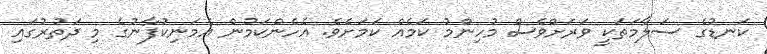
ކަނޑުގެ ސަލާމަތަކީ ވަރަށްވެސް މުހިންމު ކަމެއް ކަމަށެވެ. އެހެންކަމުން އެމަނިކުފާނުގެ މި ދަތުރުގައި